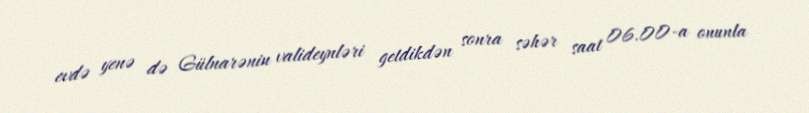
evdə yenə də Gülnarənin valideynləri getdikdən sonra səhər saat 06.00-a onunla